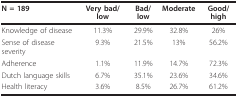
| N = 189 | Very bad/low | Bad/low | Moderate | Good/high |
 | --- | --- | --- | --- | --- |
 | Knowledge of disease | 11.3% | 29.9% | 32.8% | 26% |
 | Sense of disease severity | 9.3% | 21.5% | 13% | 56.2% |
 | Adherence | 1.1% | 11.9% | 14.7% | 72.3% |
 | Dutch language skills | 6.7% | 35.1% | 23.6% | 34.6% |
 | Health literacy | 3.6% | 8.5% | 26.7% | 61.2% |